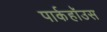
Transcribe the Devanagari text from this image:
पार्कहॉउस